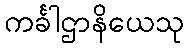
ကင်္ခါဌာနိယေသု